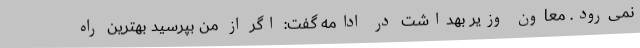
نمی‌رود. معاون وزیر بهداشت در ادامه گفت: اگر از من بپرسید بهترین راه